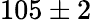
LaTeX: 105\pm 2